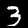
Label: 3